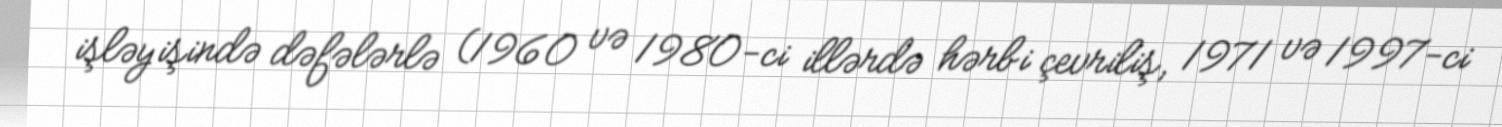
işləyişində dəfələrlə (1960 və 1980-ci illərdə hərbi çevriliş, 1971 və 1997-ci